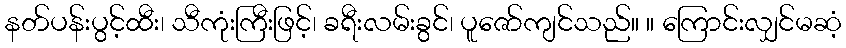
နတ်ပန်းပွင့်ထီး၊ သီကုံးကြီးဖြင့်၊ ခရီးလမ်းခွင်၊ ပူဇော်ကျင်သည်။ ။ ကြောင်းလျှင်မဆံ့